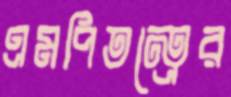
এমপিতন্ত্রের